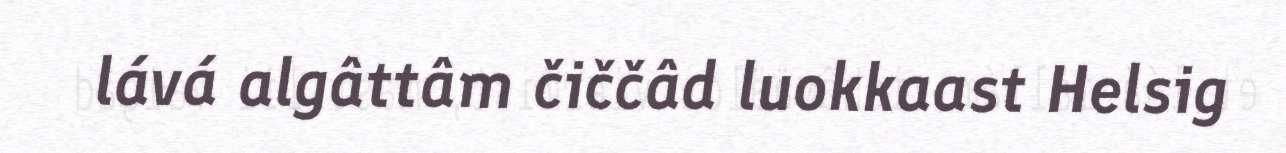
lává algâttâm čiččâd luokkaast Helsig